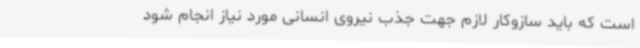
است که باید سازوکار لازم جهت جذب نیروی انسانی مورد نیاز انجام شود